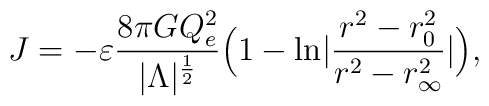
J=-\varepsilon {{8 \pi G Q_e^2} \over |\Lambda|^{1\over2}}\Bigl(1-{\rm ln}|{{r^2-r_0^2} \over {r^2-r_{\infty}^2}}|\Bigr),